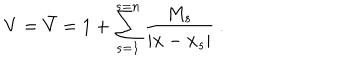
V = \bar { V } = 1 + \sum _ { s = 1 } ^ { s = n } \frac { M _ { s } } { | { \bf x } - { \bf x } _ { s } | } \ .